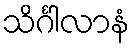
သိင်္ဂါလာနံ